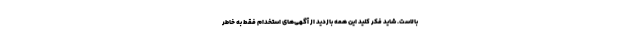
بالاست. شاید فکر کنید این همه بازدید از آگهی‌های استخدام فقط به خاطر